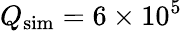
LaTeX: Q_{\textrm{sim}}=6\times 10^{5}